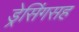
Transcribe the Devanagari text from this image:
ड्रेसिंगसह